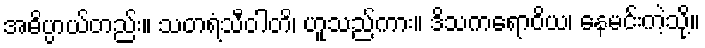
အဓိပ္ပာယ်တည်း။ သတရံသီဝါတိ၊ ဟူသည်ကား။ ဒိသကရောဝိယ၊ နေမင်းကဲ့သို့။